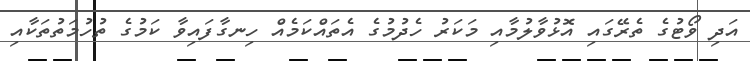
އަދި ވޯޓުގެ ތެރޭގައި އޮޅުވާލުމާއި މަކަރު ހެދުމުގެ އެތައްކަމެއް ހިނގާފައިވާ ކަމުގެ ތުހުމަތުތަކާއި